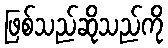
ဖြစ်သည်ဆိုသည်ကို